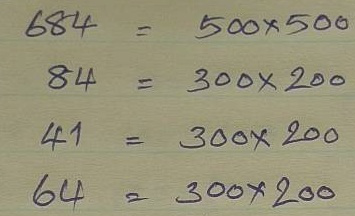
684 = 500 x 500
84 = 300 x 200
41 = 300 x 200
64 = 300 x 200